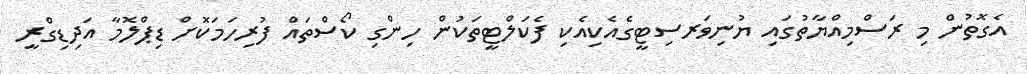
އެގޮތުން މި ރަސްމިއްޔާތުގައި ޔުނިވަރސިޓީގެއެކިއެކި ފެކަލްޓީތަކުން ހިންގި ކޯސްތައް ފުރިހަމަކޮށް ޑިޕްލޮމާ އަދިޑިގްރީ